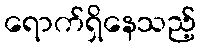
ရောက်ရှိနေသည့်